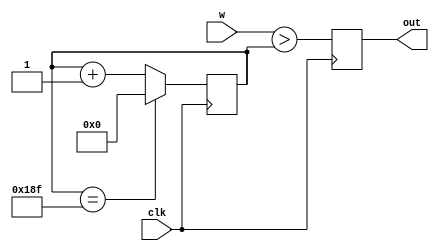
module duty_cycle_out(
    input clk,
    input [8:0] w,
    
    output reg out
    
    );

reg [8:0] cnt;

always @(posedge clk) begin
    cnt <= cnt == 'd399 ? 1'd0 : cnt+1'd1;
    out <= (w>cnt);
end    

    
endmodule